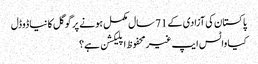
پاکستان کی آزادی کے 71 سال مکمل ہونے پر گوگل کا نیا ڈوڈل
کیا واٹس ایپ غیرمحفوظ اپلیکشن ہے؟